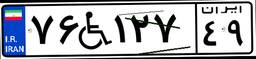
۷۶W۱۲۷۴۹